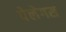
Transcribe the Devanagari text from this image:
पेलेगस